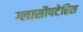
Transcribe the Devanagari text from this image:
ग्लासौपटेरिस